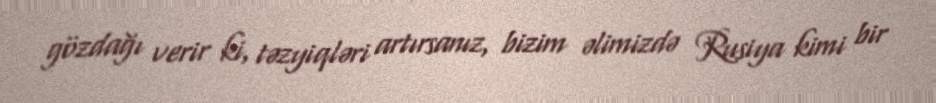
gözdağı verir ki, təzyiqləri artırsanız, bizim əlimizdə Rusiya kimi bir